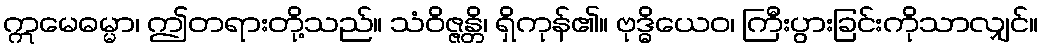
ဣမေဓမ္မာ၊ ဤတရားတို့သည်။ သံဝိဇ္ဇန္တိ၊ ရှိကုန်၏။ ဗုဒ္ဓိယေဝ၊ ကြီးပွားခြင်းကိုသာလျှင်။